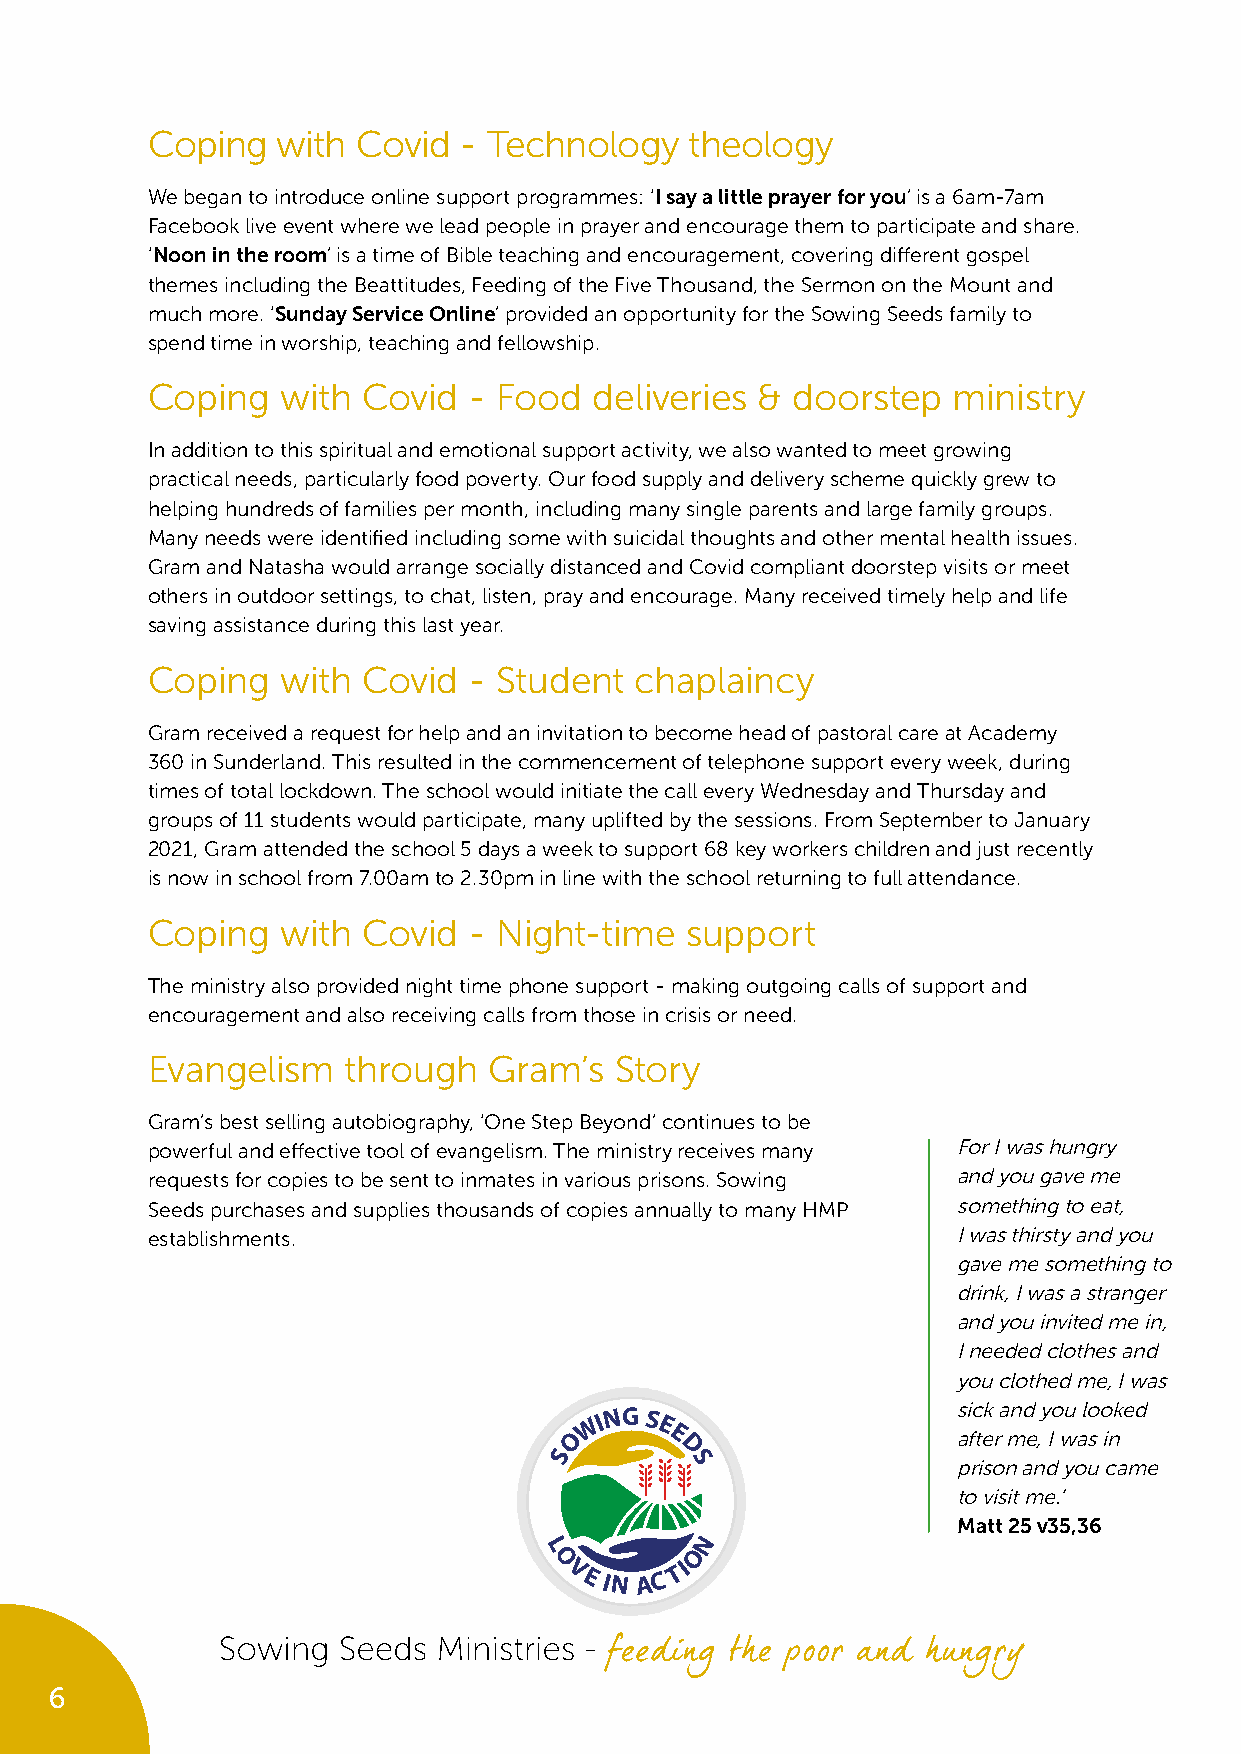
Coping  with  Covid - Technology    theology
 We began to introduce online support programmes: ‘I say a little prayer for you’ is a 6am-7am
 Facebook live event where we lead people in prayer and encourage them to participate and share.
 ‘Noon in the room’ is a time of Bible teaching and encouragement, covering different gospel
 themes including the Beattitudes, Feeding of the Five Thousand, the Sermon on the Mount and
 much more. ‘Sunday Service Online’ provided an opportunity for the Sowing Seeds family to
 spend time in worship, teaching and fellowship.
 Coping   with Covid  - Food  deliveries & doorstep   ministry
 In addition to this spiritual and emotional support activity, we also wanted to meet growing
 practical needs, particularly food poverty. Our food supply and delivery scheme quickly grew to
 helping hundreds of families per month, including many single parents and large family groups.
 Many needs were identified including some with suicidal thoughts and other mental health issues.
 Gram and Natasha would arrange socially distanced and Covid compliant doorstep visits or meet
 others in outdoor settings, to chat, listen, pray and encourage. Many received timely help and life
 saving assistance during this last year.
 Coping   with Covid  - Student  chaplaincy
 Gram received a request for help and an invitation to become head of pastoral care at Academy
 360 in Sunderland. This resulted in the commencement of telephone support every week, during
 times of total lockdown. The school would initiate the call every Wednesday and Thursday and
 groups of 11 students would participate, many uplifted by the sessions. From September to January
 2021, Gram attended the school 5 days a week to support 68 key workers children and just recently
 is now in school from 7.00am to 2.30pm in line with the school returning to full attendance.
 Coping   with Covid  - Night-time  support
 The ministry also provided night time phone support - making outgoing calls of support and
 encouragement and also receiving calls from those in crisis or need.
 Evangelism   through  Gram’s   Story
 Gram’s best selling autobiography, ‘One Step Beyond’ continues to be
 powerful and effective tool of evangelism. The ministry receives many For I was hungry
 requests for copies to be sent to inmates in various prisons. Sowing and you gave me
 Seeds purchases and supplies thousands of copies annually to many HMP something to eat,
 establishments.                                      I was thirsty and you
 gave me something to
 drink, I was a stranger
 and you invited me in,
 I needed clothes and
 you clothed me, I was
 W ING S E               sick and you looked
 O     E                  after me, I was in
 S       D
 S                 prison and you came
 to visit me.’
 Matt 25 v35,36
 N
 L         O
 O
 VE IN AC
 TI
 6